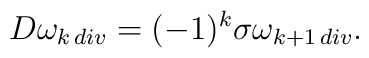
D\omega_{k\, div}=(-1)^k\sigma\omega_{k+1\, div}.